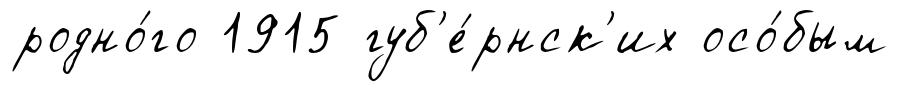
родно́го 1915 губ'е́рнск'их осо́бым